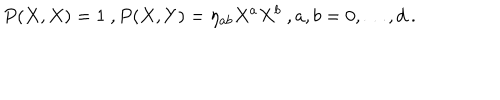
P ( X , X ) = 1 \ , P ( X , Y ) = \eta _ { a b } X ^ { a } X ^ { b } \ , a , b = 0 , \dots , d \ .